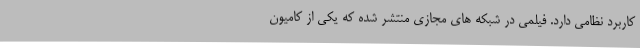
کاربرد نظامی دارد. فیلمی در شبکه های مجازی منتشر شده که یکی از کامیون